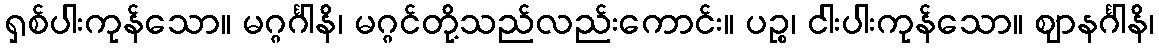
ရှစ်ပါးကုန်သော။ မဂ္ဂင်္ဂါနိ၊ မဂ္ဂင်တို့သည်လည်းကောင်း။ ပဉ္စ၊ ငါးပါးကုန်သော။ ဈာနင်္ဂါနိ၊